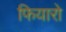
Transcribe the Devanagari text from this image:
फियारो